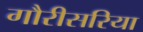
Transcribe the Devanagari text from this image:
गौरीसरिया